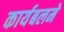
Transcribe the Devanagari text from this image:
कार्यबलमे